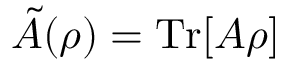
\tilde { A } ( \rho ) = \mathrm { T r } [ A \rho ]